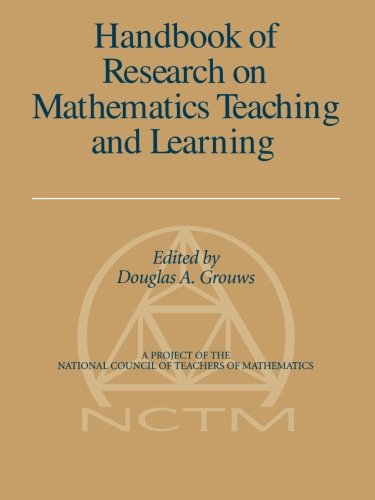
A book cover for Handbook of Research on Mathematics Teaching and Learning: (A Project of the National Council of Teachers of Mathematics); Science & Math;